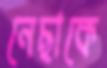
নেছাকে